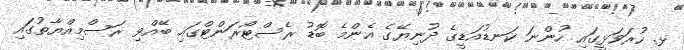
ޅ. ހުރަވަޅީގައި ހުންނަ ކަނޑުއަޑީގެ ދުނިޔޭގެ އެންމެ ބޮޑު ރެސްޓޯރަންޓްގައި ބޭއްވި ރަސްމިއްޔާތުގަައި